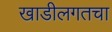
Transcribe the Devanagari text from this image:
खाडीलगतचा